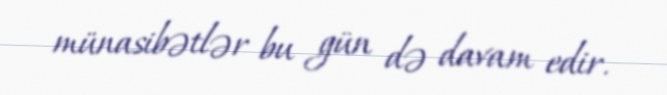
münasibətlər bu gün də davam edir.